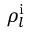
\rho _ { l } ^ { \mathrm i }